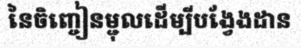
នៃចិញ្ចៀនម្ជុលដើម្បីបង្វែងដាន